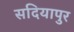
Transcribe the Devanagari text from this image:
सदियापुर